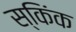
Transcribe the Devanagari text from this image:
स्किंक